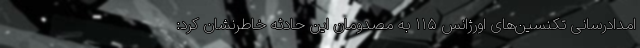
امدادرسانی تکنسین‌های اورژانس ۱۱۵ به مصدومان این حادثه خاطرنشان کرد: